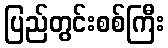
ပြည်တွင်းစစ်ကြီး